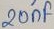
Text: 20nF